Specificity of antivenomous sera, with special reference to a serum prepared with the venom of Daboia russellii - Number 16
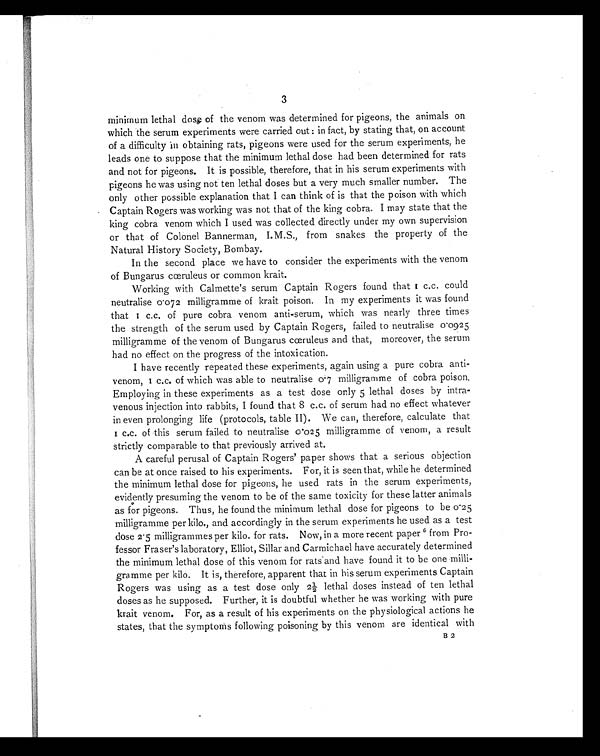
3
minimum lethal dose of the venom was determined for pigeons, the animals on
which the serum experiments were carried out : in fact, by stating that, on account
of a difficulty in obtaining rats, pigeons were used for the serum experiments, he
leads one to suppose that the minimum lethal dose had been determined for rats
and not for pigeons. It is possible, therefore, that in his serum experiments with
pigeons he was using not ten lethal doses but a very much smaller number. The
only other possible explanation that I can think of is that the poison with which
Captain Rogers was working was not that of the king cobra. I may state that the
king cobra venom which I used was collected directly under my own supervision
or that of Colonel Bannerman, I.M.S., from snakes the property of the
Natural History Society, Bombay.
In the second place we have to consider the experiments with the venom
of Bungarus cœruleus or common krait.
Working with Calmette's serum Captain Rogers found that 1 c.c. could
neutralise 0.072 milligramme of krait poison. In my experiments it was found
that 1 c.c. of pure cobra venom anti-serum, which was nearly three times
the strength of the serum used by Captain Rogers, failed to neutralise 0.0925
milligramme of the venom of Bungarus cœruleus and that, moreover, the serum
had no effect on the progress of the intoxication.
I have recently repeated these experiments, again using a pure cobra anti-
v e n o m , 1 c . c . o f w h i c h w a s a b l e t o n e u t r a l i s e 0 . 7 m i l l i g r a m m e o f c o b r a p o i s o n .
Employing in these experiments as a test dose only 5 lethal doses by intra-
venous injection into rabbits, I found that 8 c.c. of serum had no effect whatever
in even prolonging life (protocols, table II). We can, therefore, calculate that
1 c . c . o f t h i s s e r u m f a i l e d t o n e u t r a l i s e 0 . 0 2 5 m i l l i g r a m m e o f v e n o m , a r e s u l t
strictly comparable to that previously arrived at.
A careful perusal of Captain Rogers' paper shows that a serious objection
can be at once raised to his experiments. For, it is seen that, while he determined
the minimum lethal dose for pigeons, he used rats in the serum experiments,
evidently presuming the venom to be of the same toxicity for these latter animals
as for pigeons. Thus, he found the minimum lethal dose for pigeons to be 0.25
milligramme per kilo., and accordingly in the serum experiments he used as a test
dose 2.5 milligrammes per kilo. for rats. Now, in a more recent paper 6 from Pro-
fessor Fraser's laboratory, Elliot, Sillar and Carmichael have accurately determined
the minimum lethal dose of this venom for rats and have found it to be one milli-
gramme per kilo. It is, therefore, apparent that in his serum experiments Captain
Rogers was using as a test dose only 2½ lethal doses instead of ten lethal
doses as he supposed. Further, it is doubtful whether he was working with pure
krait venom. For, as a result of his experiments on the physiological actions he
states, that the symptoms following poisoning by this venom are identical with
B 2